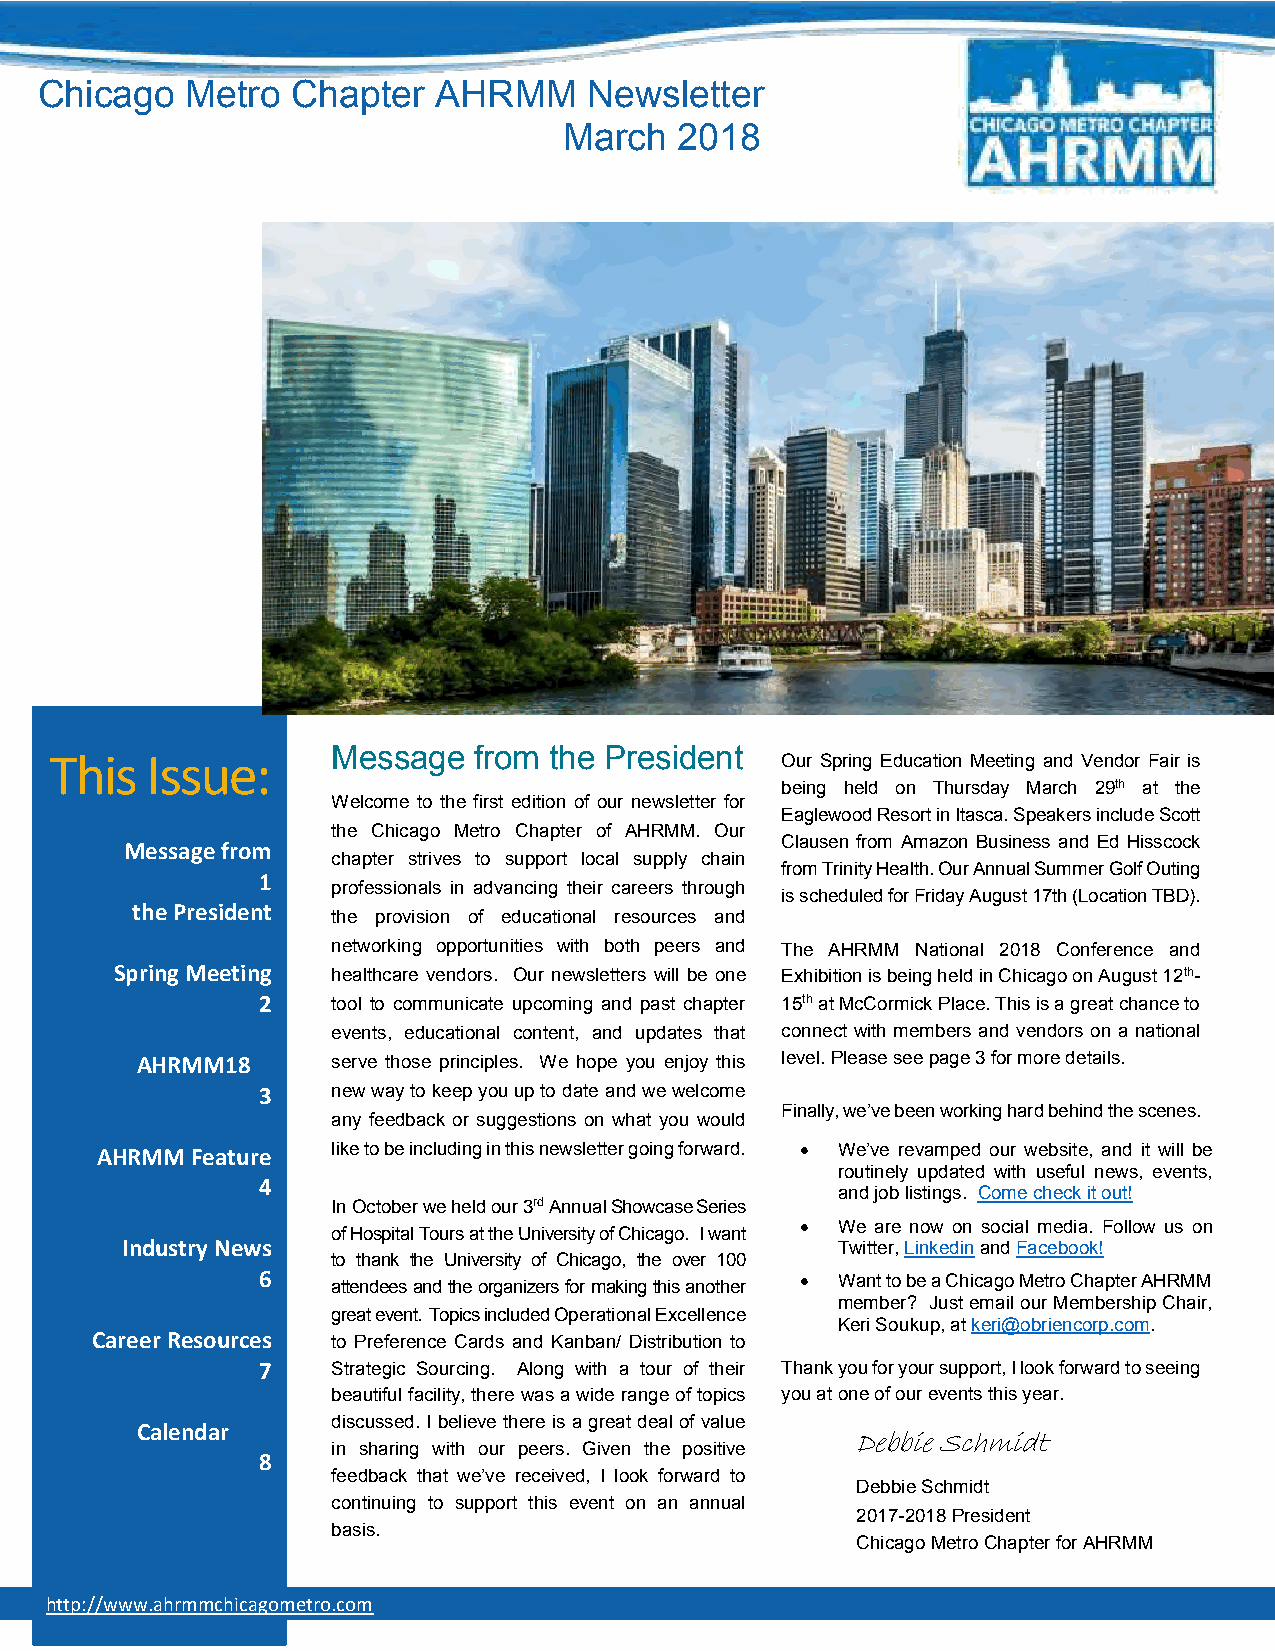
Chicago   Metro  Chapter   AHRMM     Newsletter
 March   2018
 This   Issue:      Message  from the President   Our Spring Education Meeting and Vendor Fair is
 being held on Thursday March 29th at the
 Welcome to the first edition of our newsletter for
 Eaglewood Resort in Itasca. Speakers include Scott
 the Chicago Metro Chapter of AHRMM. Our
 Message from                                Clausen from Amazon Business and Ed Hisscock
 chapter strives to support local supply chain
 from Trinity Health. Our Annual Summer Golf Outing
 1
 professionals in advancing their careers through
 is scheduled for Friday August 17th (Location TBD).
 the President
 the provision of educational resources and
 networking opportunities with both peers and The AHRMM National 2018 Conference and
 Spring Meeting healthcare vendors. Our newsletters will be one Exhibition is being held in Chicago on August 12th-
 2    tool to communicate upcoming and past chapter 15th at McCormick Place. This is a great chance to
 events, educational content, and updates that connect with members and vendors on a national
 AHRMM18      serve those principles. We hope you enjoy this level. Please see page 3 for more details.
 3    new way to keep you up to date and we welcome
 Finally, we’ve been working hard behind the scenes.
 any feedback or suggestions on what you would
 AHRMM  Feature  like to be including in this newsletter going forward.  We’ve revamped our website, and it will be
 4
 routinely updated with useful news, events,
 and job listings. Come check it out!
 In October we held our 3rd Annual Showcase Series
  We are now on social media. Follow us on
 of Hospital Tours at the University of Chicago. I want
 Industry News                                  Twitter, Linkedin and Facebook!
 to thank the University of Chicago, the over 100
 6    attendees and the organizers for making this another  Want to be a Chicago Metro Chapter AHRMM
 member? Just email our Membership Chair,
 great event. Topics included Operational Excellence
 Keri Soukup, at keri@obriencorp.com.
 Career Resources to Preference Cards and Kanban/ Distribution to
 7    Strategic Sourcing. Along with a tour of their Thank you for your support, I look forward to seeing
 beautiful facility, there was a wide range of topics you at one of our events this year.
 Calendar     discussed. I believe there is a great deal of value
 Debbie Schmidt
 in sharing with our peers. Given the positive
 8
 feedback that we’ve received, I look forward to
 Debbie Schmidt
 continuing to support this event on an annual
 2017-2018 President
 basis.
 Chicago Metro Chapter for AHRMM
 http://www.ahrmmchicagometro .com